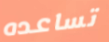
تساعده